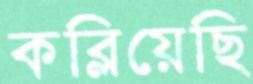
কব্‌লিয়েছি